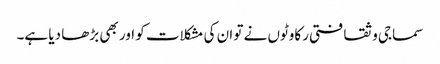
سماجی و ثقافتی رکاوٹوں نے تو ان کی مشکلات کو اور بھی بڑھا دیا ہے۔